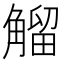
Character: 𧤝